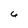
Character: 6